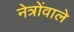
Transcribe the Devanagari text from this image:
नेत्रोंवाले